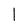
Character: 1